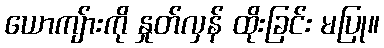
ယောကျ်ားကို နှုတ်လှန် ထိုးခြင်း မပြု။